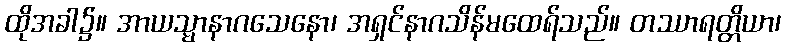
ထိုအခါ၌။ အာယသ္မာနာဂသေနော၊ အရှင်နာဂသိန်မထေရ်သည်။ တဿာရတ္တိယာ၊